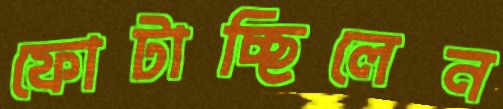
ফোটাচ্ছিলেন